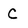
Character: C